65_HS1-834228961_62-HQ-83894_Section_4
Agency: FBI
Page 123
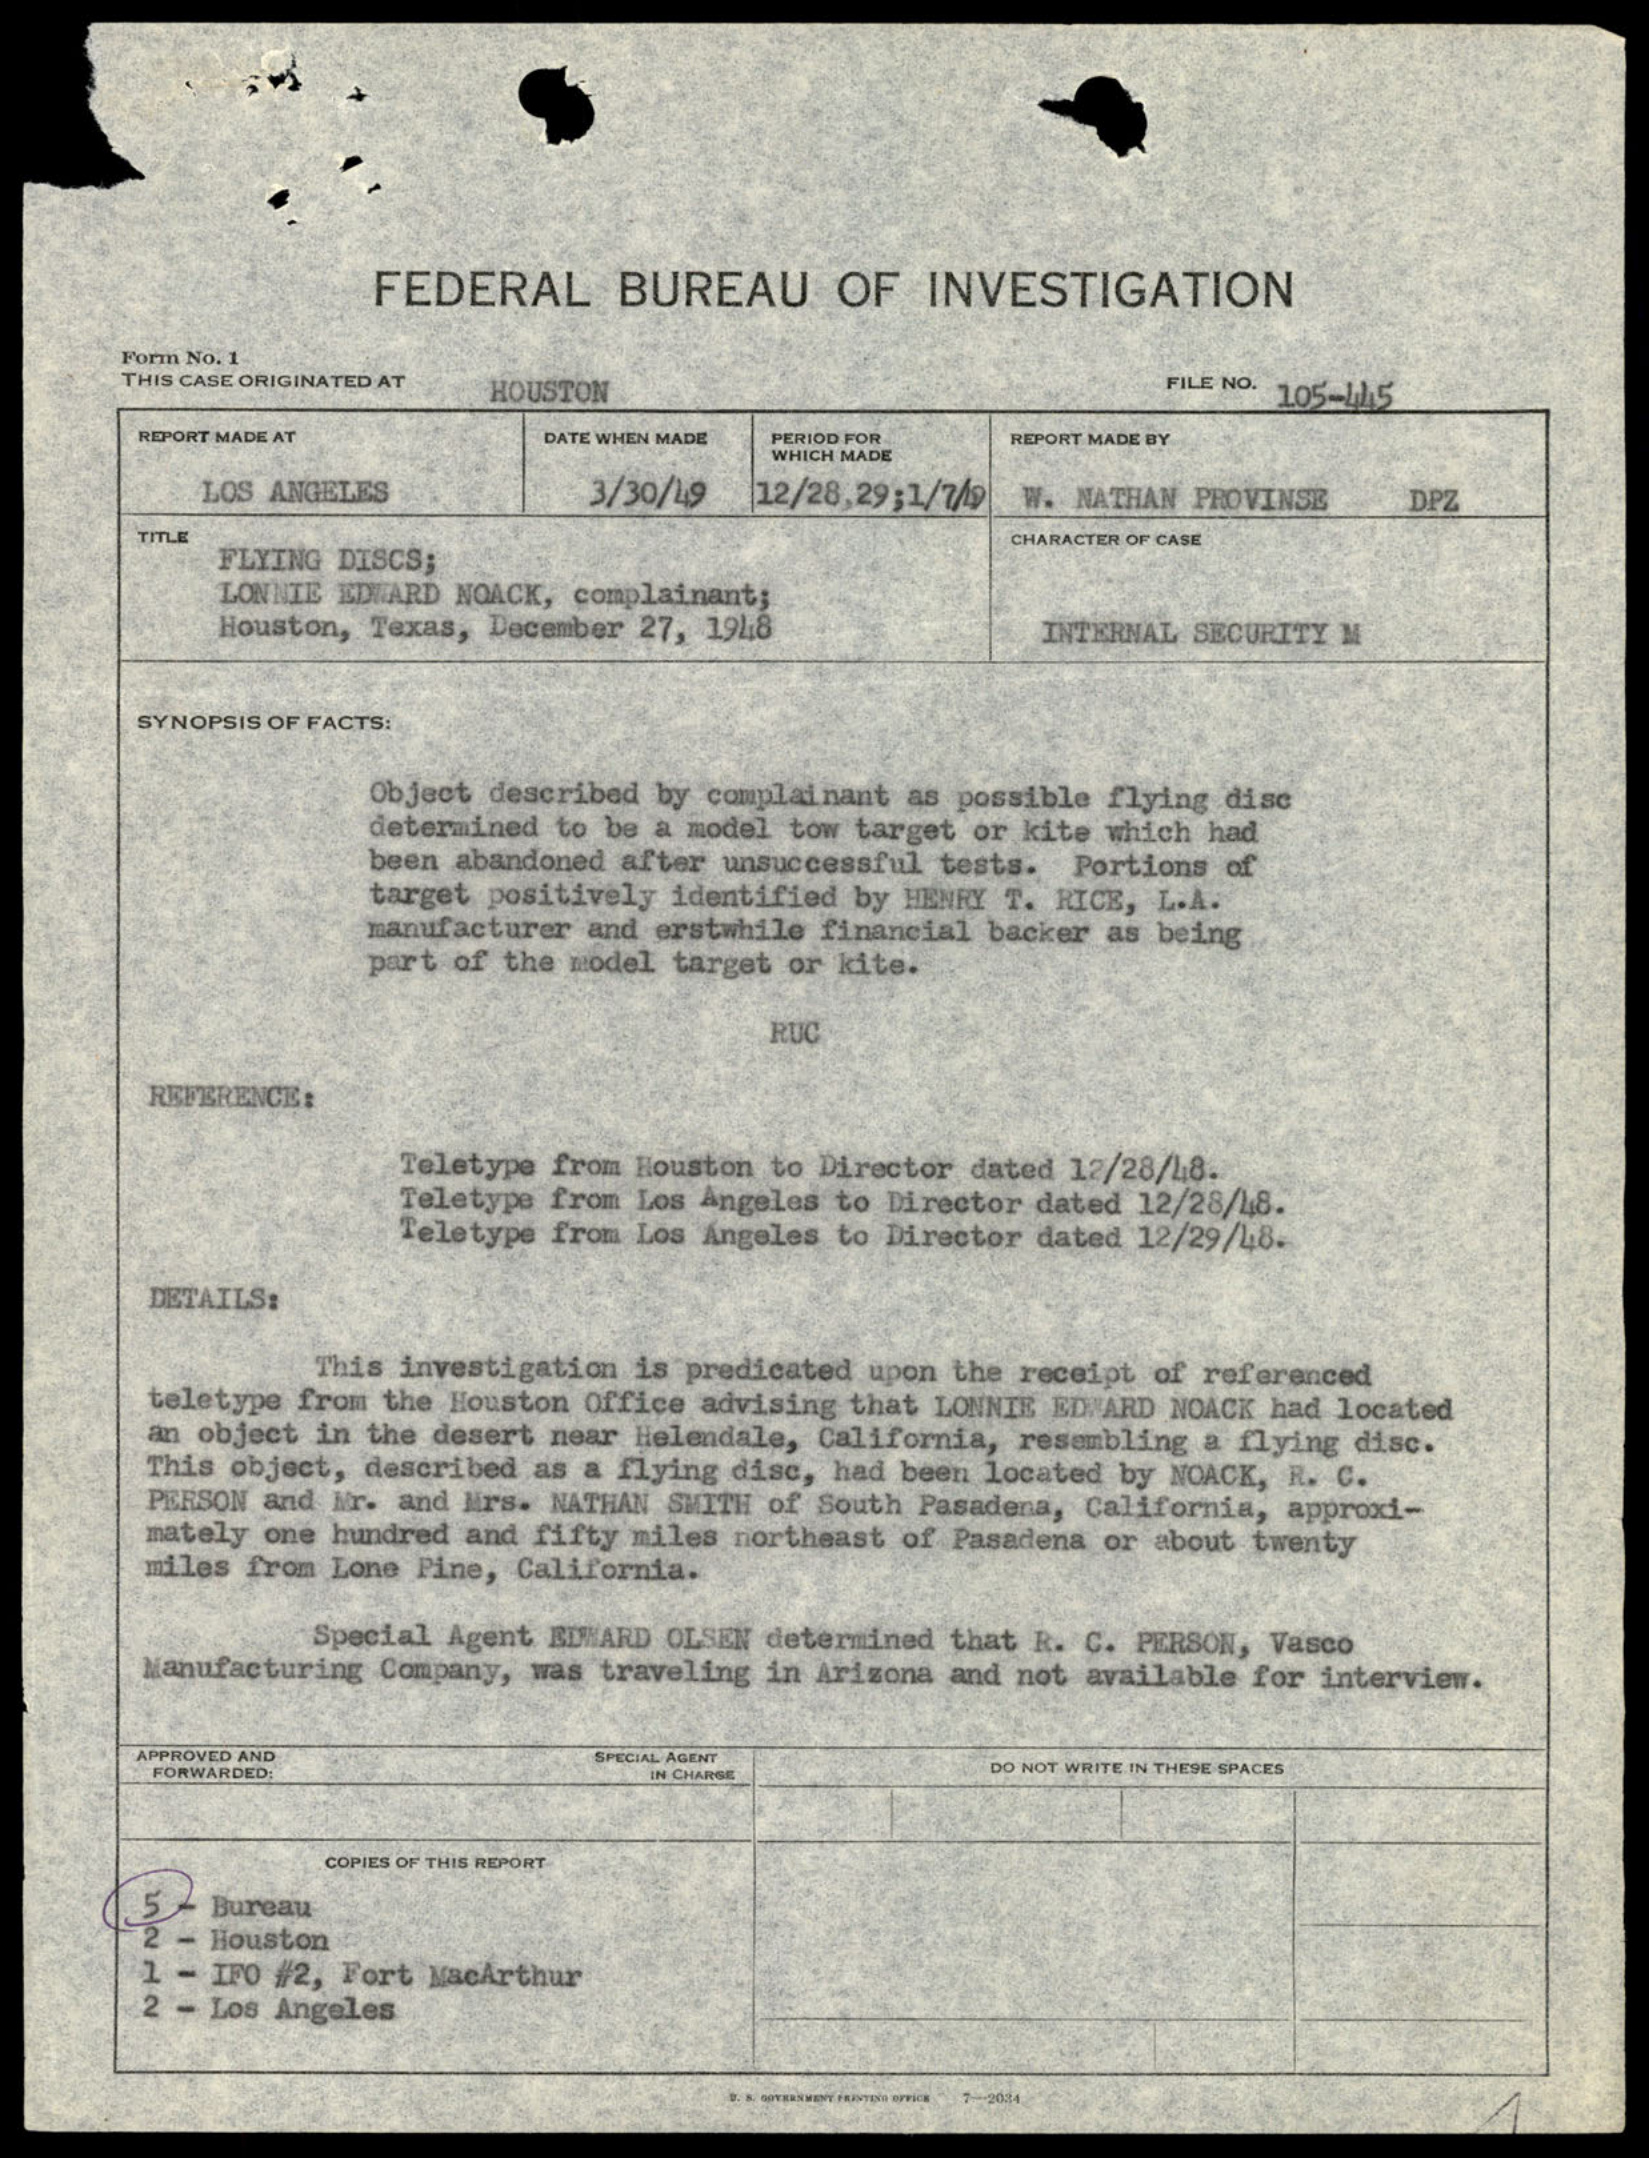